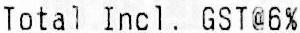
TOTAL INCL. GST@6%